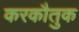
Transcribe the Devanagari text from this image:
करकौतुक